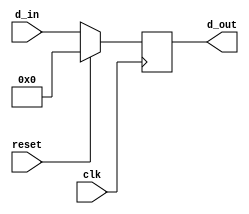
// Title         : 32-Bit Register with Synchronous Reset
// Project       : ECE 313 - Computer Organization
//-----------------------------------------------------------------------------
// Organization  : Lafayette College
// 
//-----------------------------------------------------------------------------
// Description :
//   Simple 32-bit register with synchronous reset  used in the implementations of
//   the MIPS processor subset described in Ch. 5-6 of "Computer Organization and Design,
//   3rd ed." by David Patterson & John Hennessey, Morgan Kaufmann, 2004 (COD3e).  
//
//-----------------------------------------------------------------------------

module reg32 (clk, reset, d_in, d_out);
    input       	clk, reset;
    input	[31:0]	d_in;
    output 	[31:0] 	d_out;
    reg 	[31:0]	 d_out;
   
    always @(posedge clk)
    begin
        if (reset) d_out <= 0;
        else d_out <= d_in;
    end

endmodule